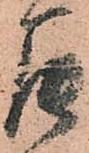
罷